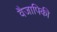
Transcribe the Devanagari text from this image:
वैजापिकी